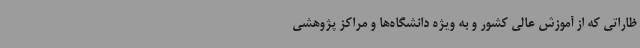
ظاراتی که از آموزش عالی کشور و به ویژه دانشگاه‌ها و مراکز پژوهشی